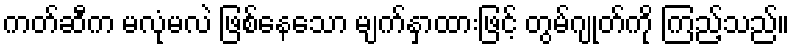
ကတ်ဆီက မလုံမလဲ ဖြစ်နေသော မျက်နှာထားဖြင့် တွမ်ဂျုတ်ကို ကြည့်သည်။